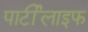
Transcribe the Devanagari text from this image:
पार्टीलाइफ